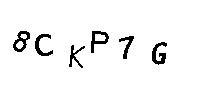
8CKP7G